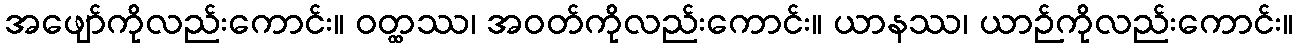
အဖျော်ကိုလည်းကောင်း။ ဝတ္ထဿ၊ အဝတ်ကိုလည်းကောင်း။ ယာနဿ၊ ယာဉ်ကိုလည်းကောင်း။